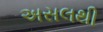
અસલથી